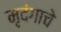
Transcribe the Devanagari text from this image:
मृदंगाचे